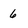
Character: 6